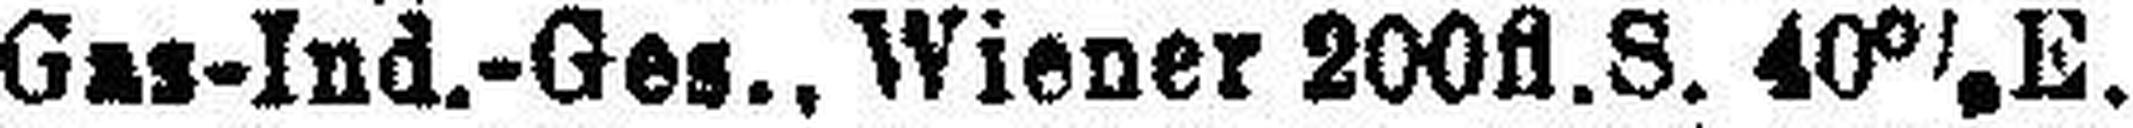
Gas-Ind.-Ges., Wiener 200fl. S. 40% E.